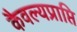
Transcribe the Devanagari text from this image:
कैवल्यप्राप्ति